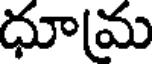
ధూమ